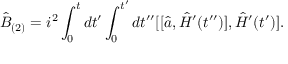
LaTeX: \hat { B } _ { ( 2 ) } = i ^ { 2 } \int _ { 0 } ^ { t } d t ^ { \prime } \int _ { 0 } ^ { t ^ { \prime } } d t ^ { \prime \prime } [ [ \hat { a } , \hat { H } ^ { \prime } ( t ^ { \prime \prime } ) ] , \hat { H } ^ { \prime } ( t ^ { \prime } ) ] .